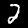
Label: 2